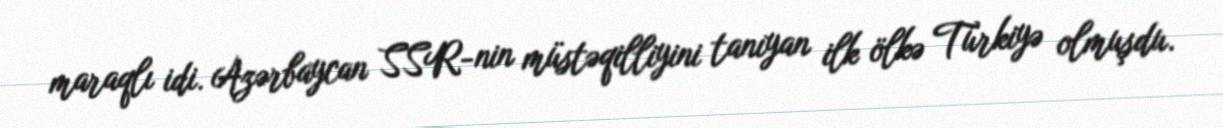
maraqlı idi. Azərbaycan SSR-nin müstəqilliyini tanıyan ilk ölkə Türkiyə olmuşdu.